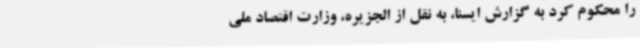
را محکوم کرد به گزارش ایسنا، به نقل از الجزیره، وزارت اقتصاد ملی